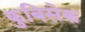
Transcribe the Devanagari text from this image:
कुबिसेक